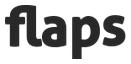
flaps